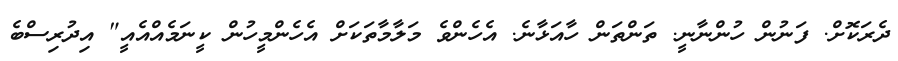
ދެރަކޮށް. ފަނުން ހުންނާނީ. ތަންތަން ހާއަޅާނެ. އެހެންވެ މަލާމާތަކަށް އެހެންމީހުން ކީނަމެއްއެއީ" އިދުރިސްބެ